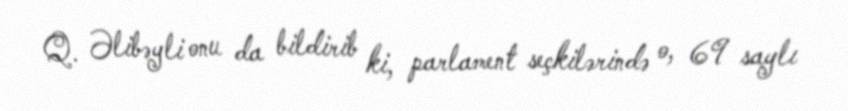
Q. Əlibəyli onu da bildirib ki, parlament seçkilərində o, 69 saylı